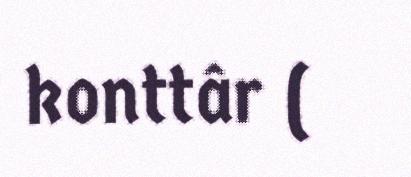
konttâr (